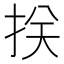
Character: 𢬈